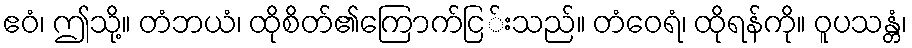
ဧဝံ၊ ဤသို့။ တံဘယံ၊ ထိုစိတ်၏ကြောက်ငြ်းသည်။ တံဝေရံ၊ ထိုရန်ကို။ ဝူပသန္တံ၊